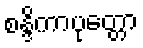
စန္ဒိကာပုတ္တော